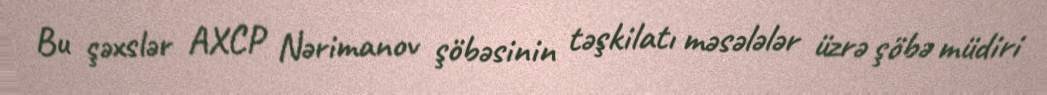
Bu şəxslər AXCP Nərimanov şöbəsinin təşkilatı məsələlər üzrə şöbə müdiri